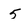
Character: 5